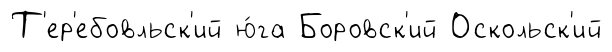
Т'ер'ебовльск'ий ю́га Боровск'ий Оскольск'ий